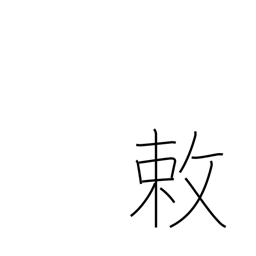
Meaning: an imperial order or decree